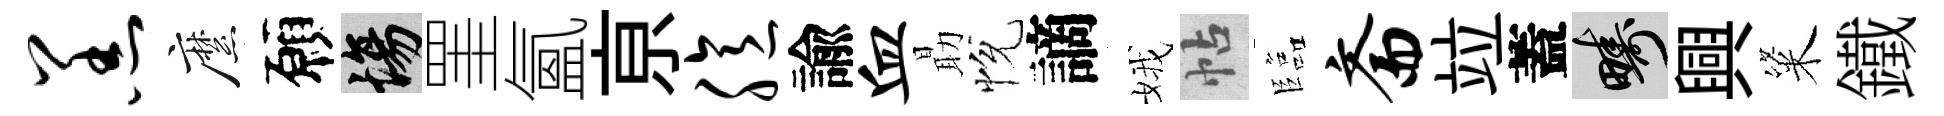
羔縻願場罣氳亰臆諭血朂恱謫娥帖臨斋竝蓋疇興粢鐵